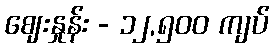
ဈေးနှုန်း - ၁၂,၅၀၀ ကျပ်